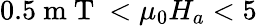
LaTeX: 0.5\mathrm{~m~T~}<\mu_{0}H_{a}<5